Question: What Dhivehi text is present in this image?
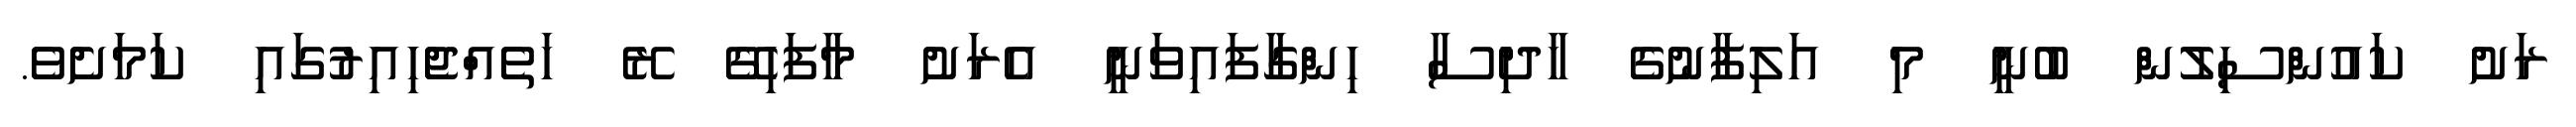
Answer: ރަށު ކައުންސިލުން ބުނީ މި އަލިފާނުގެ ހާދިސާ ހިންގާފައިވަނީ އެރަށު މާފަހިގޭ ރޭ ހަތެއްޖެހިއިރުގައި ކަމަށެވެ.